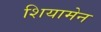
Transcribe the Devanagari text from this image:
शियामेन